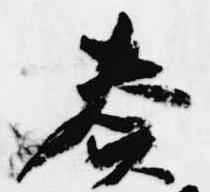
奏